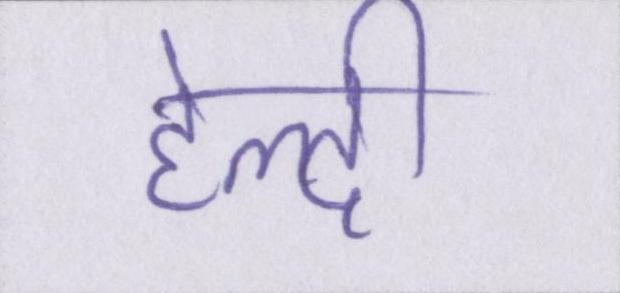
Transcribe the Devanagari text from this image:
हेल्दी